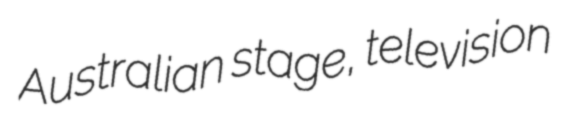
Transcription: Australian stage, television